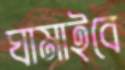
ঘামাইবে